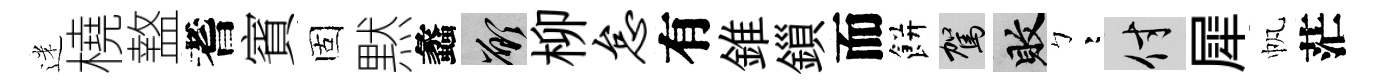
迷橈盩耆賓固黙蠡願柳怠有錐鎻而餅駕敗彎付犀帆茫